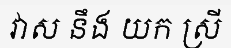
វាស នឹង យក ស្រី